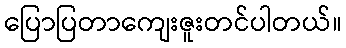
ပြောပြတာကျေးဇူးတင်ပါတယ်။